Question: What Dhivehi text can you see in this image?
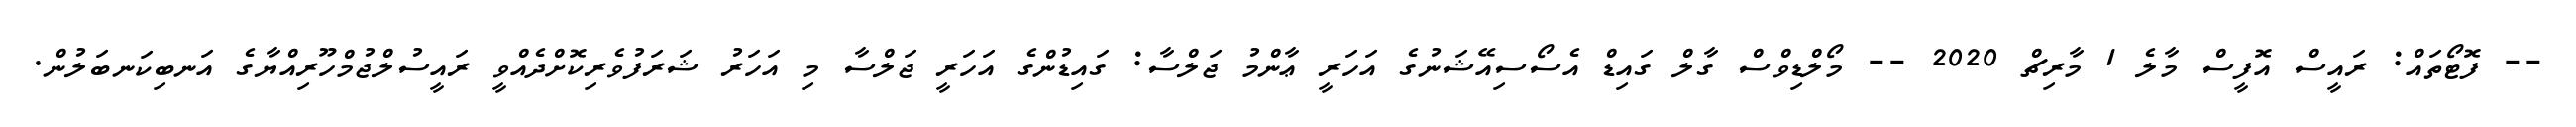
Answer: -- ފޮޓޯތައް: ރައީސް އޮފީސް މާލެ 1 މާރިޗް 2020 -- މޯލްޑިވްސް ގާލް ގައިޑް އެސޯސިއޭޝަނުގެ އަހަރީ ޢާންމު ޖަލްސާ: ގައިޑުންގެ އަހަރީ ޖަލްސާ މި އަހަރު ޝަރަފުވެރިކޮށްދެއްވީ ރައީސުލްޖުމްހޫރިއްޔާގެ އަނބިކަނބަލުން.